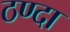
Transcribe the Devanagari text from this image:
ठण्दा